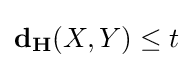
\mathbf {d_{H}} (X,Y)\leq t